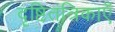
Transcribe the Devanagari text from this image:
दृष्टितंत्रिकाएँ